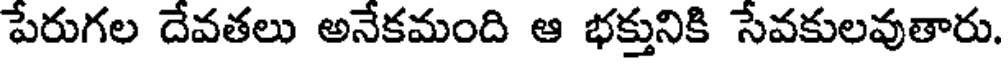
పేరుగల దేవతలు అనేకమంది ఆ భక్తునికి సేవకులవుతారు.